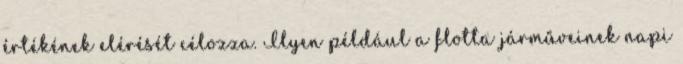
értékének elérését célozza. Ilyen például a flotta járműveinek napi